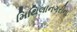
મિથિલાનગરીના